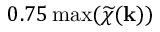
0 . 7 5 \operatorname* { m a x } ( \widetilde { \chi } ( \mathbf { k } ) )